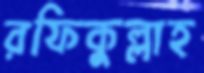
রফিকুল্লাহ